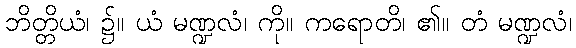
ဘိတ္တိယံ၊ ၌။ ယံ မဏ္ဍလံ၊ ကို။ ကရောတိ၊ ၏။ တံ မဏ္ဍလံ၊